Magi,_Artur, lk 71
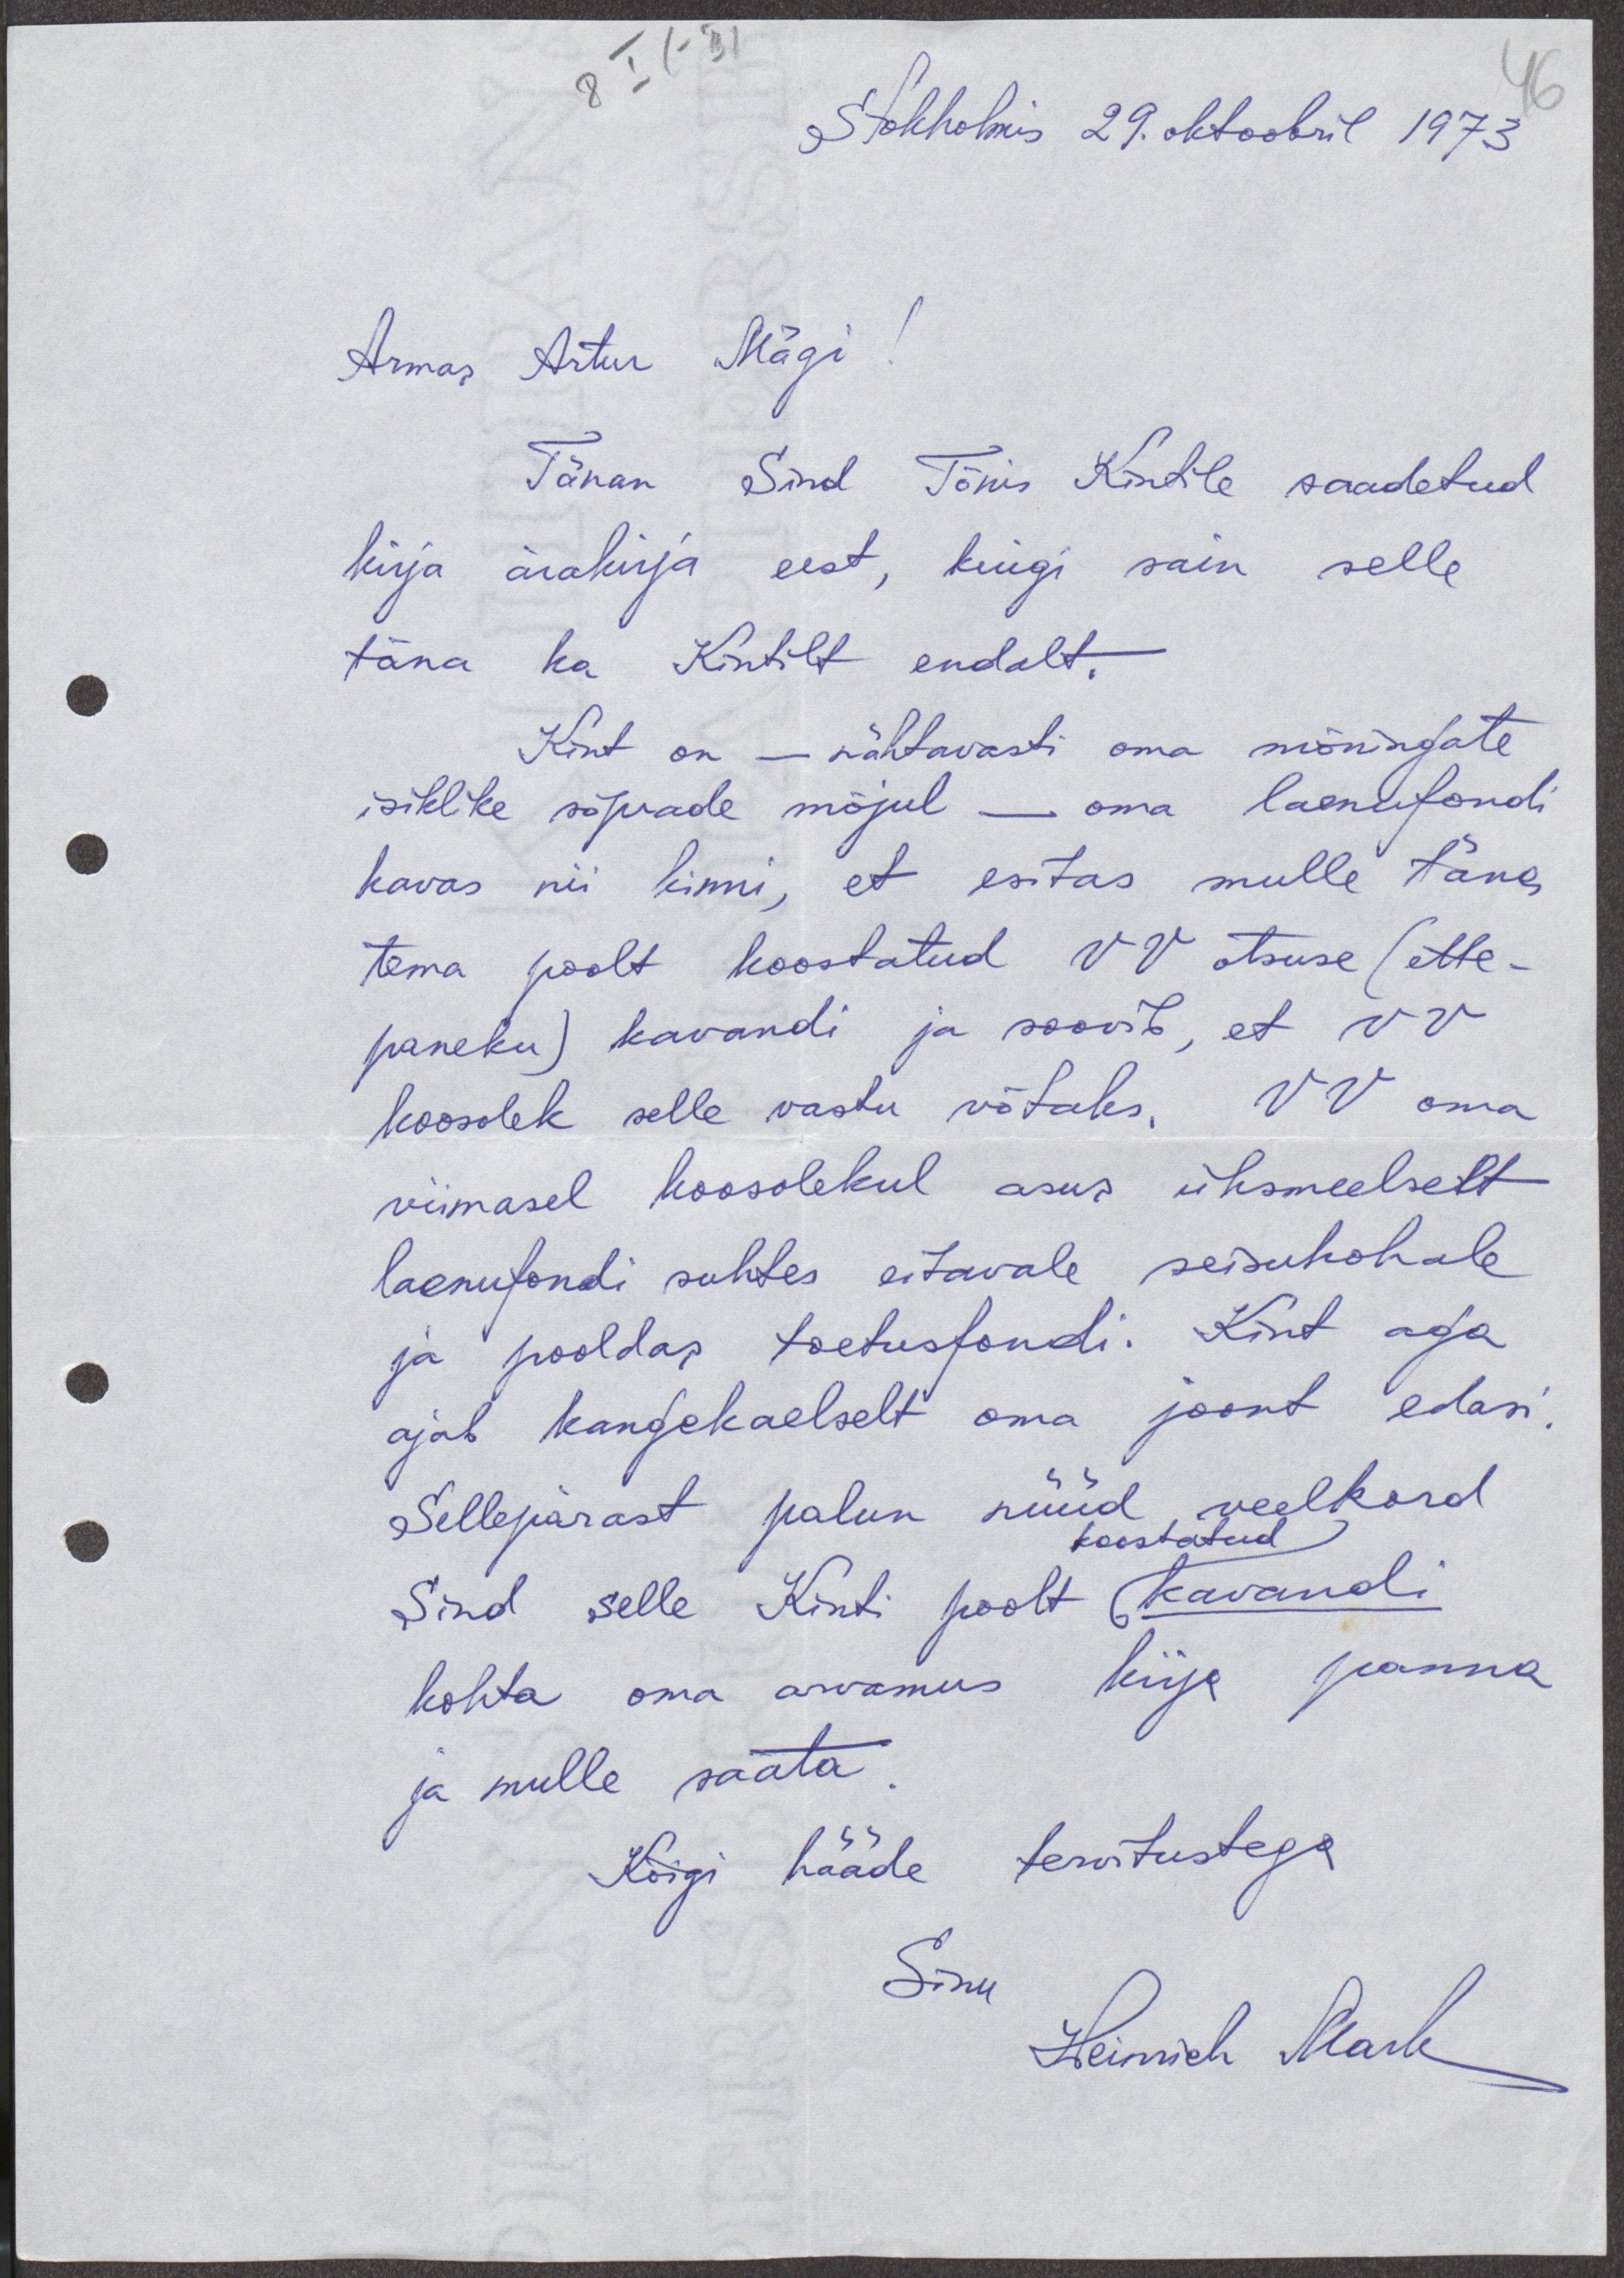
8 I (-31
46
Stokholmis 29. oktoobril 1973.
Armas Artur Mägi!
Tänan Sind Tõnis Kindile saadetud
kirja ärakirja eest, kuigi sain selle
täna ka Kintilt endalt,
Kint on - nähtavasti oma mõningate
isiklike sõprade mõjul - oma laenufondi
kavas nii kinni, et esitas mulle täna
tema poolt koostatud VV otsuse (ette-
paneku) kavandi ja soovib, et VV
koosolek selle vastu võtaks, VV oma
viimasel koosolekul asus üksmeelselt
laenufondi suhtes eitavale seisukohale,
ja pooldas toetusfondi. Kint aga
ajab kangekaelselt oma joont edasi.
Sellepärast palun nüüd veelkord
koostatud
Sind selle Kinti poolt kavandi
kohta oma arvamus kirja panna
ja mulle saata.
Kõigi hääde tervitustega
Sinu
Heinrich Mark